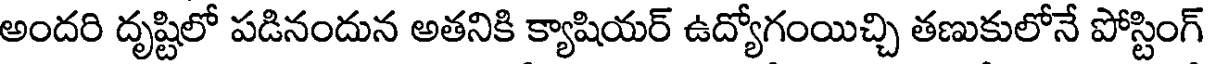
అందరి దృష్టిలో పడినందున అతనికి క్యాషియర్ ఉద్యోగంయిచ్చి తణుకులోనే పోస్టింగ్